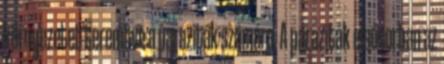
környezetet teremtve a paraziták számára. A paraziták elsősorban az